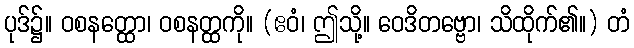
ပုဒ်၌။ ဝစနတ္ထော၊ ဝစနတ္ထကို။ (ဧဝံ၊ ဤသို့။ ဝေဒိတဗ္ဗော၊ သိထိုက်၏။) တံ